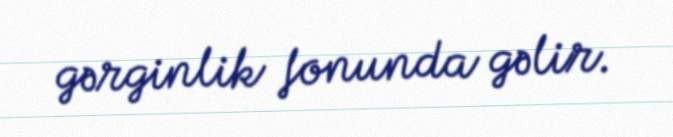
gərginlik fonunda gəlir.